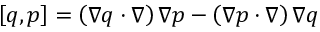
\left[ { q , p } \right] = \left( { \nabla q \cdot \nabla } \right) \nabla p - \left( { \nabla p \cdot \nabla } \right) \nabla q